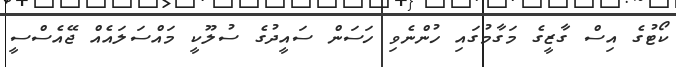
ކޯޓުގެ އިސް ގާޒީގެ މަގާމުގައި ހުންނެވި ހަސަން ސައީދުގެ ސުލޫކީ މައްސަލައެއް ޖޭއެސްސީ